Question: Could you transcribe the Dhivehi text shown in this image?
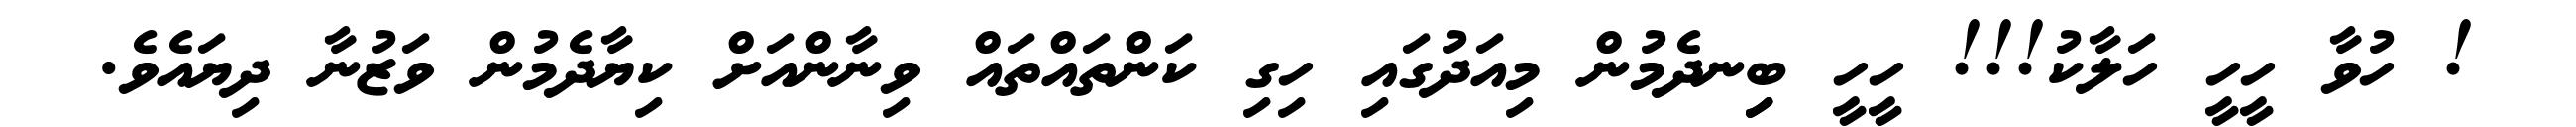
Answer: ! ހުވާ ހީހީ ހަލާކު!!! ހީހީ ބިިނދެމުން މިއަދުގައި ހިގި ކަންތައްތައް ވިނާންއަށް ކިޔާދެމުން ވަޒުނާ ދިޔައެވެ.